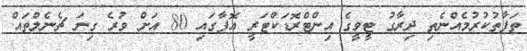
ތަފާތުކުރުމެއްނެތި ދިރާގު ޓީވީގެ އިންޓްރޮޑަކްޓަރީ އޮފާގައި 80 އަށް ވުރެ ގިނަ ޗެނެލްތައް